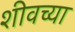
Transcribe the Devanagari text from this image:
शीवच्या